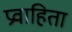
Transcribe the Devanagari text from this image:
प्रवाहिता